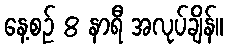
နေ့စဉ် 8 နာရီ အလုပ်ချိန်။